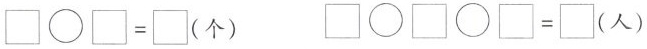
\square \bigcirc \square =\square （个）\square \bigcirc \square \bigcirc \square =\square （个）